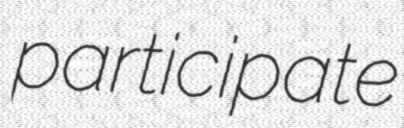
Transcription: participate